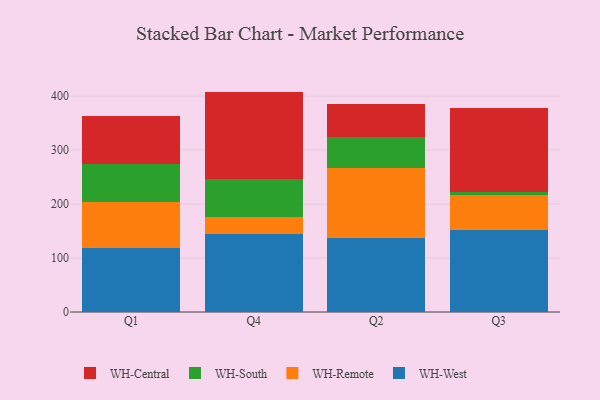
{"axis": {"x": "Quarter", "y": "Humidity (%)"}, "legend": ["WH-Central", "WH-Remote", "WH-South", "WH-West"], "data": [{"x": "Q1", "y": 117.8, "type": "WH-West"}, {"x": "Q1", "y": 85.3, "type": "WH-Remote"}, {"x": "Q1", "y": 70.3, "type": "WH-South"}, {"x": "Q1", "y": 90.5, "type": "WH-Central"}, {"x": "Q4", "y": 143.7, "type": "WH-West"}, {"x": "Q4", "y": 31.6, "type": "WH-Remote"}, {"x": "Q4", "y": 72.1, "type": "WH-South"}, {"x": "Q4", "y": 161.1, "type": "WH-Central"}, {"x": "Q2", "y": 138.0, "type": "WH-West"}, {"x": "Q2", "y": 128.5, "type": "WH-Remote"}, {"x": "Q2", "y": 57.2, "type": "WH-South"}, {"x": "Q2", "y": 60.9, "type": "WH-Central"}, {"x": "Q3", "y": 151.3, "type": "WH-West"}, {"x": "Q3", "y": 65.4, "type": "WH-Remote"}, {"x": "Q3", "y": 6.6, "type": "WH-South"}, {"x": "Q3", "y": 155.4, "type": "WH-Central"}]}